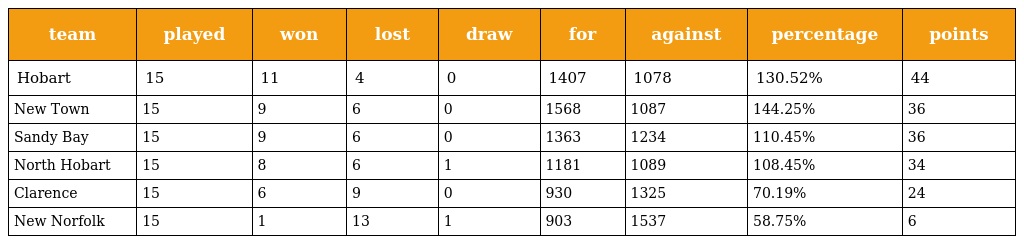
| team | played | won | lost | draw | for | against | percentage | points |
 | --- | --- | --- | --- | --- | --- | --- | --- | --- |
 | Hobart | 15 | 11 | 4 | 0 | 1407 | 1078 | 130.52% | 44 |
 | New Town | 15 | 9 | 6 | 0 | 1568 | 1087 | 144.25% | 36 |
 | Sandy Bay | 15 | 9 | 6 | 0 | 1363 | 1234 | 110.45% | 36 |
 | North Hobart | 15 | 8 | 6 | 1 | 1181 | 1089 | 108.45% | 34 |
 | Clarence | 15 | 6 | 9 | 0 | 930 | 1325 | 70.19% | 24 |
 | New Norfolk | 15 | 1 | 13 | 1 | 903 | 1537 | 58.75% | 6 |